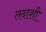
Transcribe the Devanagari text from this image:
तदाशी